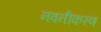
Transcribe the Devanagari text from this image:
नवनीकरण